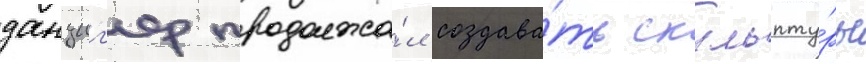
данциг'ер продолжа́л создава́ть скульпту́ры